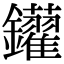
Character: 𨰑